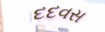
દદવસ